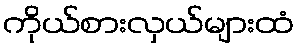
ကိုယ်စားလှယ်များထံ